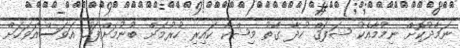
ނަމާދުކޮށް ނިމުމާއެކު ޝަފަޤް ހުދާ ގާތު މިޝްކާ ކައިރި ހުރުމަށް ބުނުމަށްފަހު އަވަސްއަވަހަށް